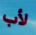
لأب